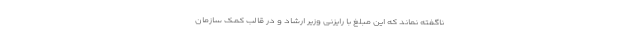
ناگفته نماند که این مبلغ با رایزنی وزیر ارشاد و در قالب کمک سازمان